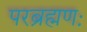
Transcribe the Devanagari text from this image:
परब्रह्मणः